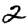
Digit: 2